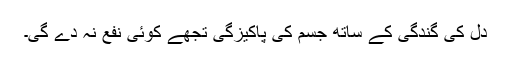
دل کی گندگی کے ساتھ جسم کی پاکیزگی تجھے کوئی نفع نہ دے گی۔